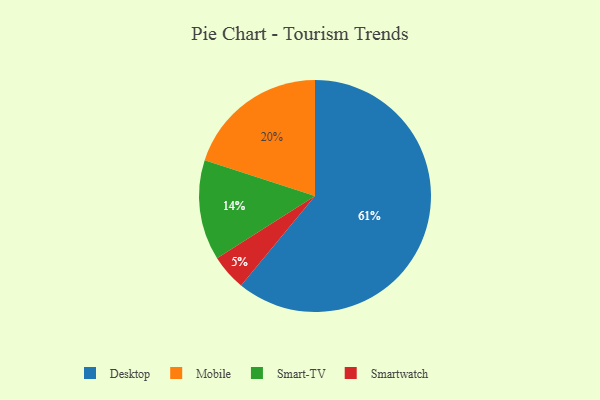
{"axis": {"x": "Category", "y": "Percentage"}, "legend": ["Desktop", "Mobile", "Smart-TV", "Smartwatch"], "data": [{"x": "Mobile", "y": 20, "type": "Mobile"}, {"x": "Smartwatch", "y": 5, "type": "Smartwatch"}, {"x": "Desktop", "y": 61, "type": "Desktop"}, {"x": "Smart-TV", "y": 14, "type": "Smart-TV"}]}